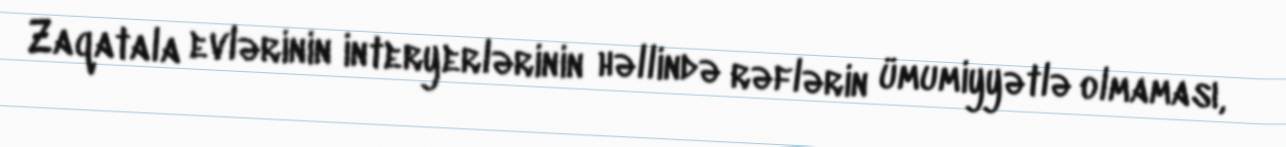
Zaqatala evlərinin interyerlərinin həllində rəflərin ümumiyyətlə olmaması,